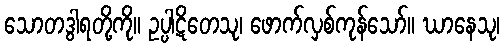
သောတဒွါရတို့ကို။ ဥပ္ပါဋိတေသု၊ ဖောက်လှစ်ကုန်သော်။ ဃာနေသု၊